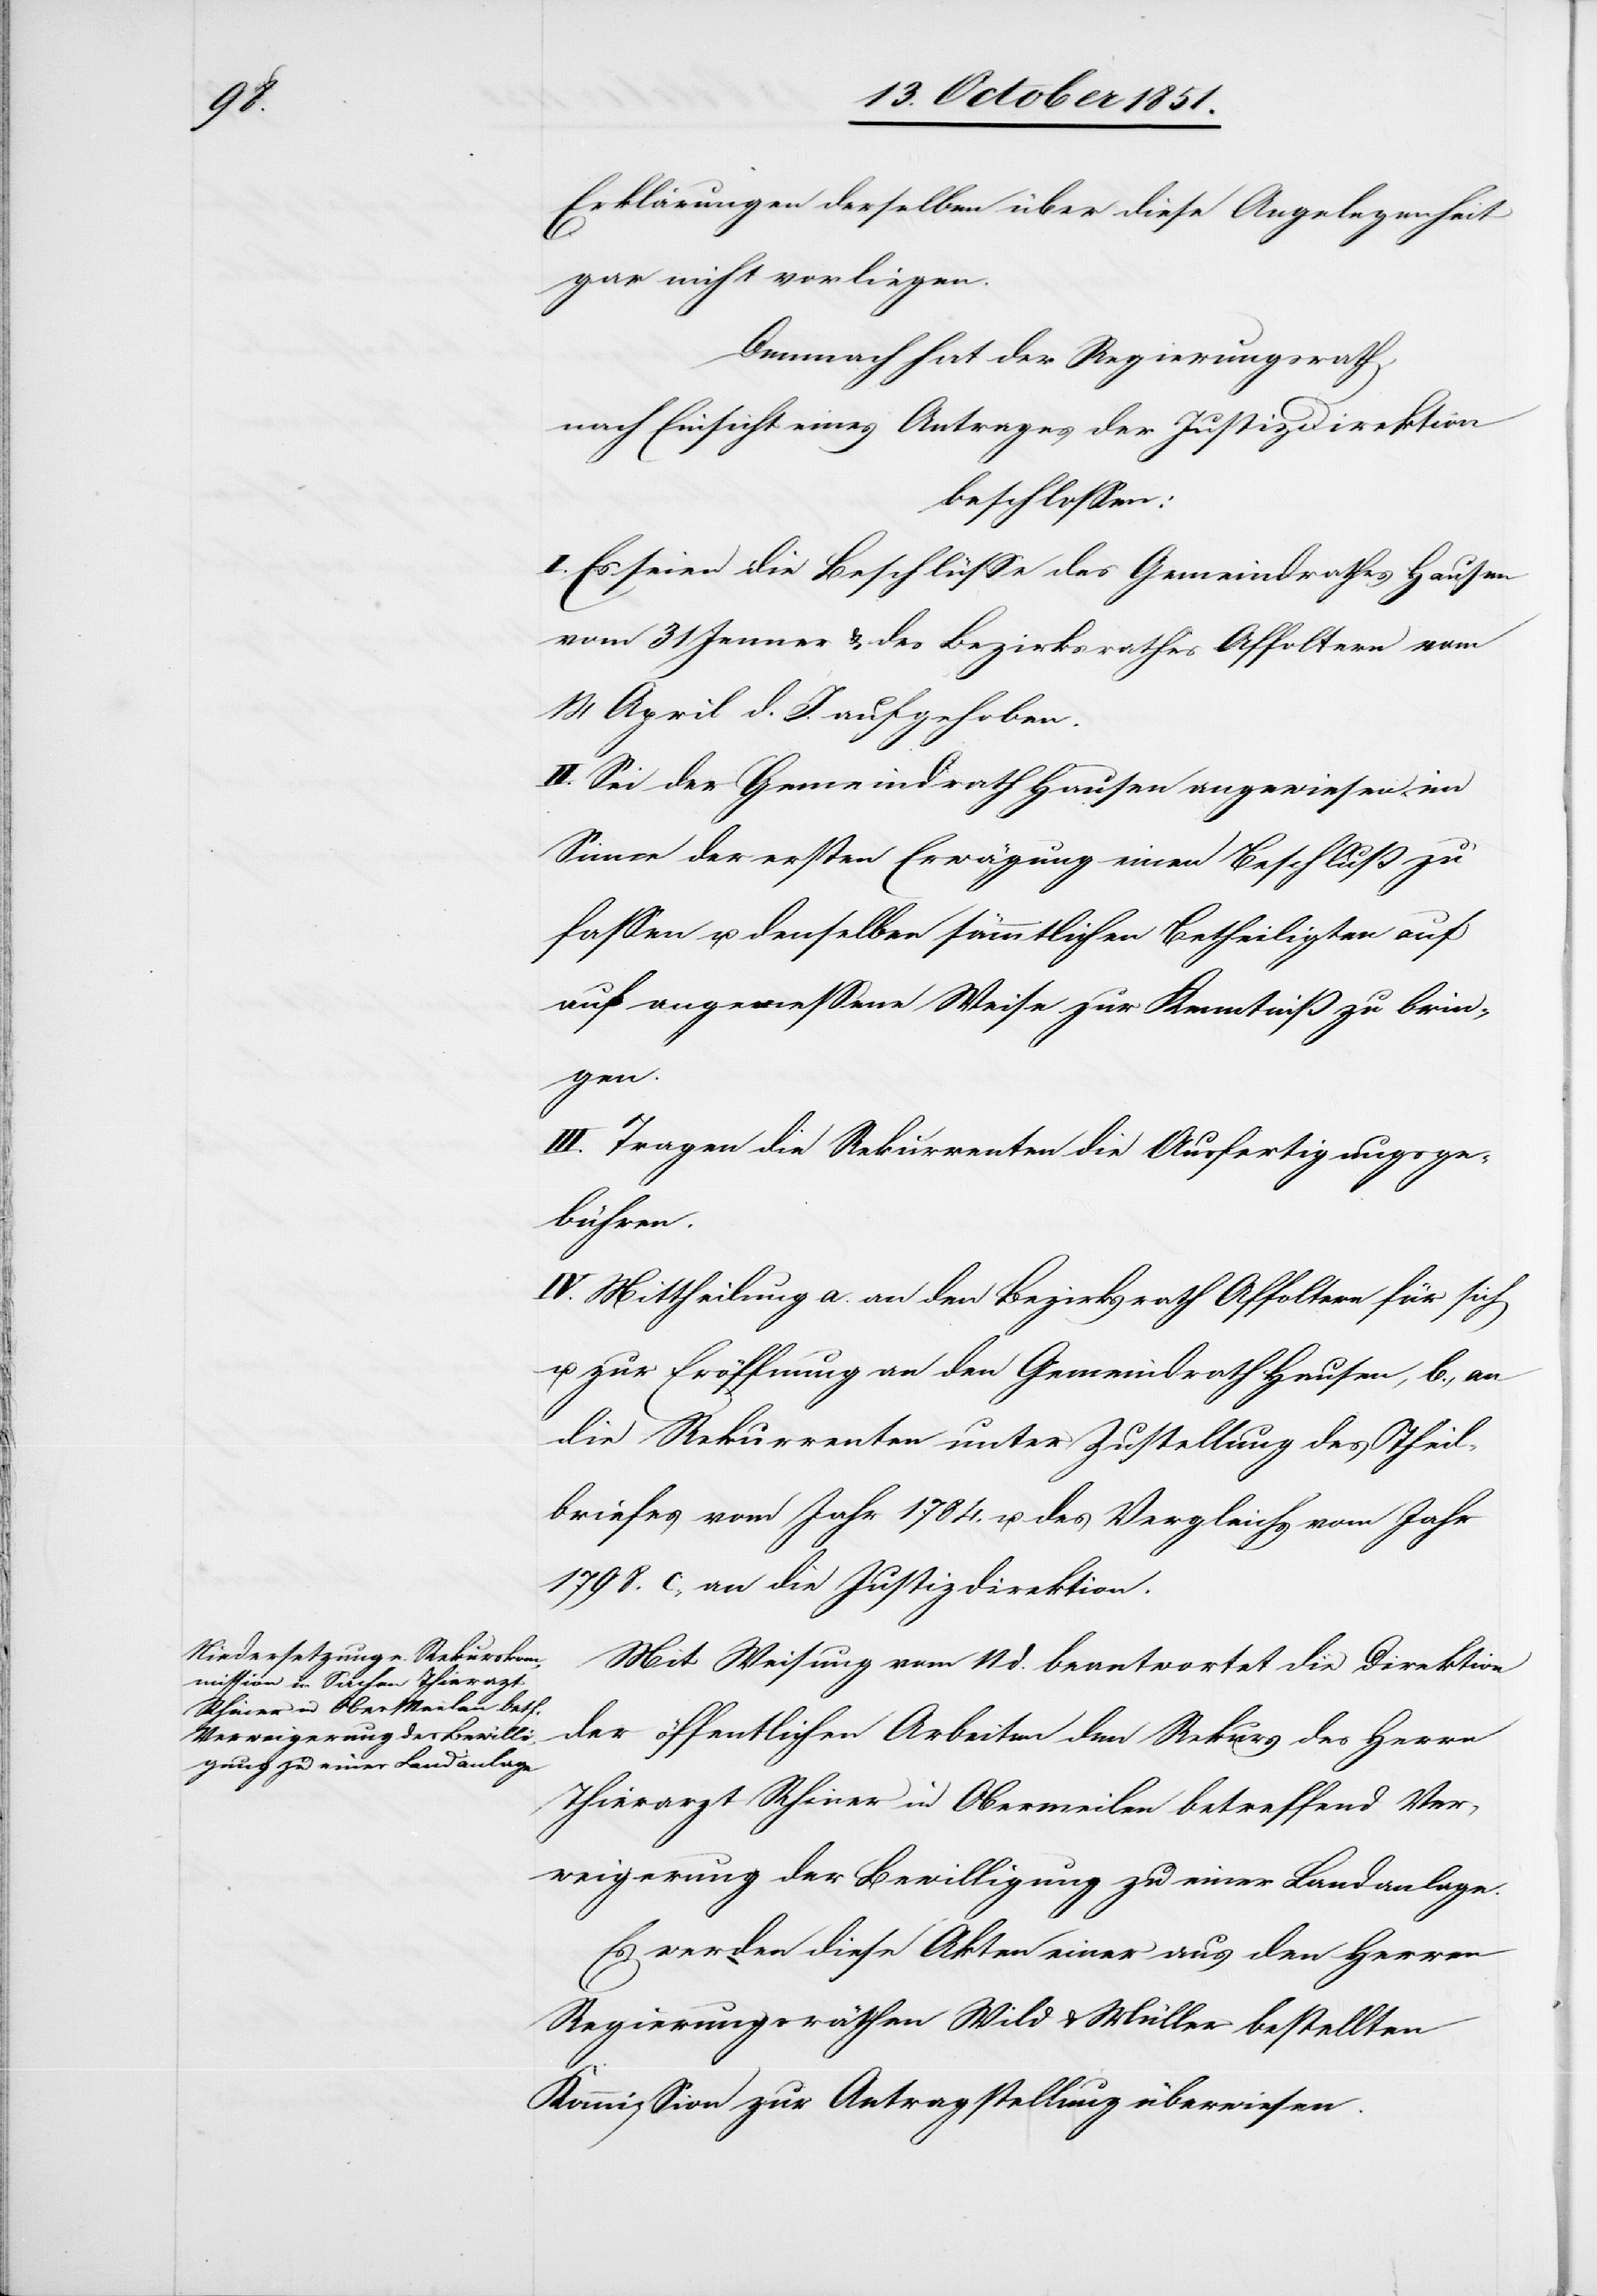
Erklärungen derselben über diese Angelegenheit
gar nicht vorliegen.
Demnach hat der Regierungsrath,
nach Einsicht eines Antrages der Justizdirektion
beschlossen:
I. Es seien die Beschlüsse des Gemindrathes Hausen
vom 31 Jenner & des Bezirksrathes Affoltern vom
14 April d. J. aufgehoben.
II. Sei der Gemeindrath Hausen angewiesen im
Sinne der ersten Erwägung einen Beschluß zu
fassen u. denselben sämmtlichen Betheiligten auf
angemessene Weise zur Kenntniß zu brin¬
gen.
III. Tragen die Rekurrenten die Ausfertigungsge¬
bühren.
IV. Mittheilung a. an den Bezirksrath Affoltern für sich
u. zur Eröffnung an den Gemeindrath Hausen, b., an
die Rekurrenten unter Zustellung des Theil¬
briefes vom Jahr 1784. u. des Vergleichs vom Jahr
1798. c., an die Justizdirektion.
Mit Weisung vom 11 d. beantwortet die Direktion
der öffentlichen Arbeiten den Rekurs des Herrn
Thierarzt Rhiner in Obermeilen betreffend Ver¬
weigerung der Bewilligung zu einer Landanlage.
Es werden diese Akten einer aus den Herren
Regierungsräthen Wild & Müller bestellten
Kommission zur Antragstellung überwiesen.